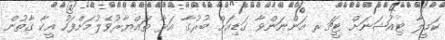
ކަމީލާ ޓިއުޝަނަށް ޓީޗަރ އަންނަންވާ ގަޑިއަށް ބުރުގާ އަޅާ ތައްޔާރުވެލުމަށްފަހު އީކާ ގާތުން